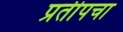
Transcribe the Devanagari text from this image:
प्रतीपचा